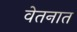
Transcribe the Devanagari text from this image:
वेतनात